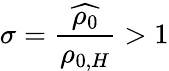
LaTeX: \sigma=\frac{\widehat{\rho_{0}}}{\rho_{0,H}}>1